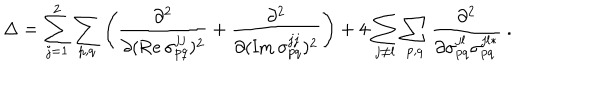
LaTeX: \Delta = \sum _ { j = 1 } ^ { 2 } \sum _ { p , q } \left( \frac { \partial ^ { 2 } } { \partial ( \mathrm { R e } \, \sigma _ { p q } ^ { j j } ) ^ { 2 } } + \frac { \partial ^ { 2 } } { \partial ( \mathrm { I m } \, \sigma _ { p q } ^ { j j } ) ^ { 2 } } \right) + 4 \sum _ { j \neq l } \sum _ { p , q } \frac { \partial ^ { 2 } } { \partial \sigma _ { p q } ^ { j l } \sigma _ { p q } ^ { j l * } } \ .